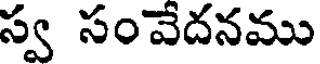
స్వ సంవేదనము